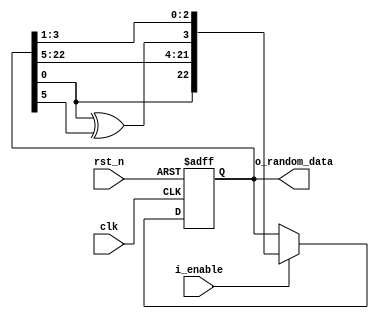
`timescale 1ns/1ps
module random_galois_23bit
	(	clk,
		rst_n,
		i_enable,
		o_random_data
	);

	//-------------input and output port--------//
	input 						clk;
	input 						rst_n;
	input 						i_enable;
	output		[22:0] 			o_random_data;
	//----------------------------------------//
	
	wire 	taps, Q_x;
	reg 	[22:0] Q_reg;
	
	initial begin
		Q_reg <= 'd65;
	end
	
	assign o_random_data = Q_reg;
	
	assign taps = Q_reg[0];
	
	assign Q_x = Q_reg[0] ^ Q_reg[5];
	
	always @(posedge clk or negedge rst_n) begin
		if (!rst_n) begin
			Q_reg <= 'd65;
		end
		else begin
			if (i_enable) 
				Q_reg <= {taps, Q_reg[22:5], Q_x, Q_reg[3:1]};
		end
	end
	
endmodule